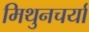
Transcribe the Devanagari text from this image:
मिथुनचर्या